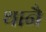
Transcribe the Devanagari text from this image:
थानै